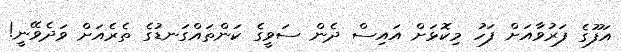
އަފޫގެ ފަރުވާއަށް ފަހު މިކޮޅަށް އައިސް ދެން ސަވީގެ ކަންތައްގަނޑުގެ ތެރެއަށް ވަދެވޭނީ!